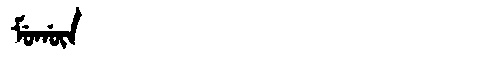
Manchu: ᠮᡠᡤᡡᠨ
Romanization: MUGŪN